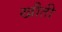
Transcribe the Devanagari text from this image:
खौती